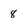
Character: 8